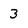
Character: 3